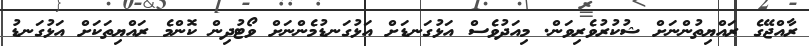
ރާއްޖޭގެ ރައްޔިތުންނަށް ޝުކުރުވެރިވަން. މިއަދުވެސް އަޅުގަނޑަށް އަޅުގަނޑުމެންނަށް ވޯޓުދިން ކޮންމެ ރައްޔިތަކަށް އަޅުގަނޑު